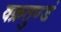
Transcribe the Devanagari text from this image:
वक्रतुण्डं